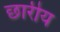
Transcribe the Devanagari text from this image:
छारीय